Eesti_Vabariigi_Tartu_Ulikool, lk 29
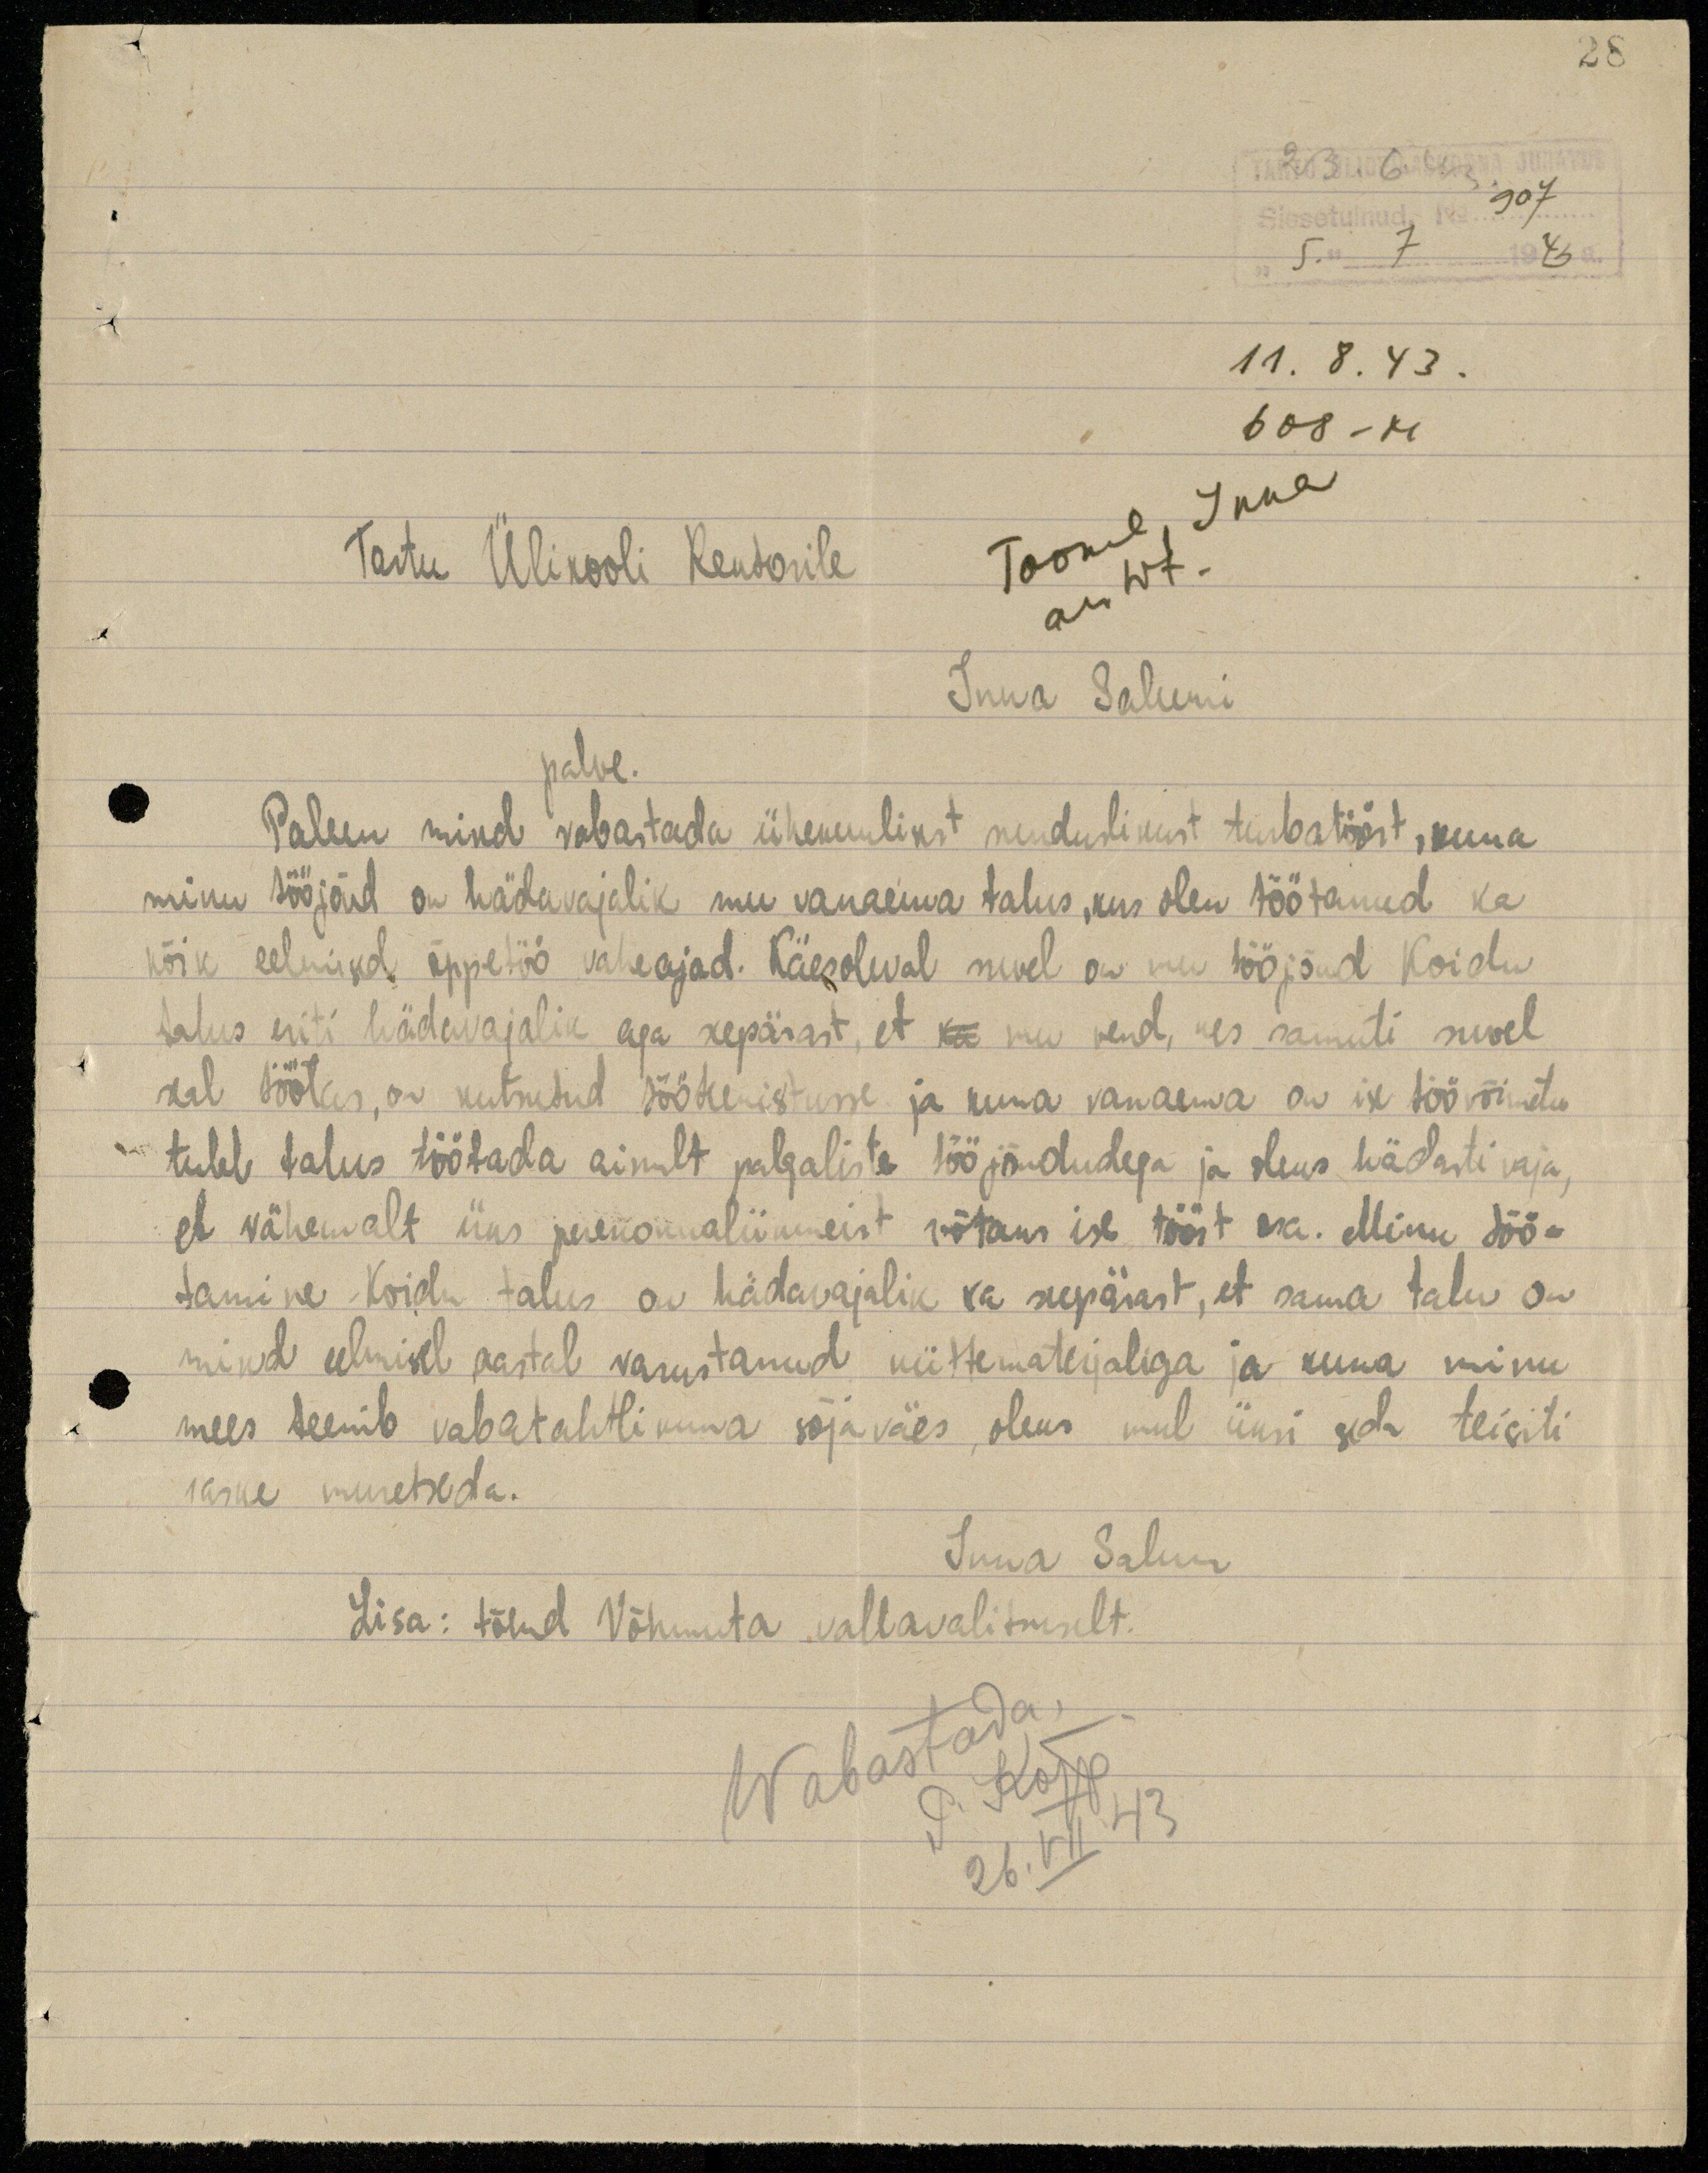
28

23. 6. 43
Sissetulnud. No 907
"5." 7 1943 a.
11. 8. 43.
608 - M
Tartu Ülikooli Rektorile
Toome, Inna
arstit.
Inna Salumi
palve.
Palun mind vabastada ühekuulisest sunduslikust turbatööst ,kuna
minu tööjõud on hädavajalik mu vanaema talus ,kus olen töötanud ka
kõik eelmised õppetöö vaheajad. Käesoleval suvel on mu tööjõud Koidu
talus eriti hädavajalik aga seepärast, et ka mu vend, kes samuti suvel
seal töötas, on kutsutud tööteenistusse ja kuna vanaema on ise töövõimetu
tuleb talus töötada ainult palgaliste tööjõududega ja oleks hädasti vaja,
et vähemalt üks perekonnaliikmeist võtaks ise tööst osa. Minu töö-
tamine Koidu talus on hädavajalik ka seepärast, et sama talu on
mind eelmisel aastal varustanud küttematerjaliga ja kuna minu
mees teenib vabatahtlikuna sõjaväes ,oleks mul üksi seda teisiti
raske muretseda.
Inna Salum
Lisa: tõend Võhmuta vallavalitsuselt.
Wabastada.
P. Kõpp.
26.VII 43